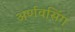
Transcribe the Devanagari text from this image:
अर्णवसिंग